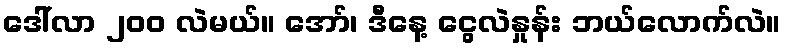
ဒေါ်လာ ၂၀၀ လဲမယ်။ အော်၊ ဒီနေ့ ငွေလဲနှုန်း ဘယ်လောက်လဲ။